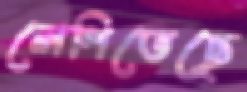
লেপিতেছে